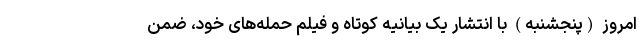
امروز (پنجشنبه) با انتشار یک بیانیه کوتاه و فیلم حمله‌های خود، ضمن